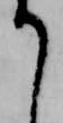
て